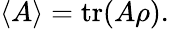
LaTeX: \langle A\rangle=\operatorname{tr}(A\rho).